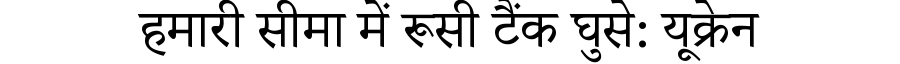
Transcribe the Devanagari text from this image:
हमारी सीमा में रूसी टैंक घुसे: यूक्रेन